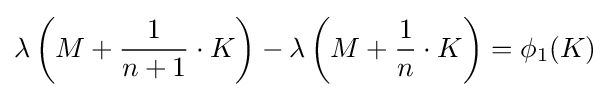
\lambda \left(M+{\frac {1}{n+1}}\cdot K\right)-\lambda \left(M+{\frac {1}{n}}\cdot K\right)=\phi _{1}(K)